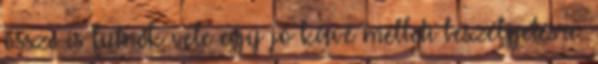
össze is futnék vele egy jó kávé melleti beszélgetésre.